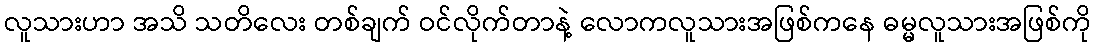
လူသားဟာ အသိ သတိလေး တစ်ချက် ဝင်လိုက်တာနဲ့ လောကလူသားအဖြစ်ကနေ ဓမ္မလူသားအဖြစ်ကို